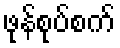
ဖုန်စုပ်စက်